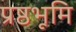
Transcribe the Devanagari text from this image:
प्रष्ठभूमि